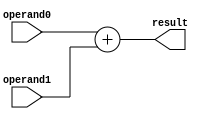
`timescale 10ns / 1ns

module adder (
	input  [7:0] operand0,
	input  [7:0] operand1,
	output reg [7:0] result
);

	/*TODO: Please add your logic design here*/
	always @ (*)
	begin
		result = operand0 + operand1;
	end

	initial begin
		#20
		$display("I am an iKun!\n");
	end

endmodule